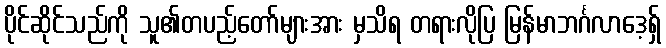
ပိုင်ဆိုင်သည်ကို သူ၏တပည့်တော်များအား မှသိရ တရားလိုပြ မြန်မာဘင်္ဂလာဒေ့ရှ်